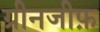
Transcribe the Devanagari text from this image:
ग्रीनजीफ़